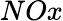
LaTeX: NOx